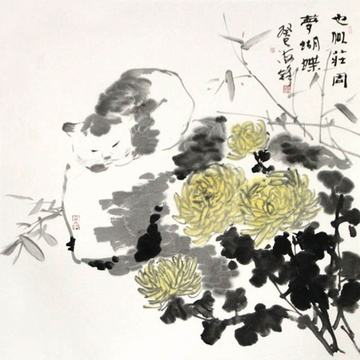
胡蝶梦中家万里，子规枝上月三更。